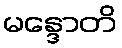
မန္ဒောတိ